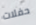
حفلات